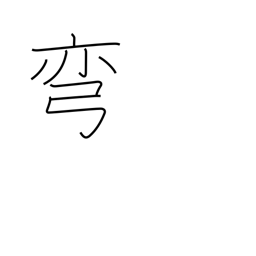
Meaning: curve